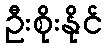
ဦးစိုးနိုင်